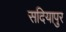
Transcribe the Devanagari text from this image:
सदियापुर